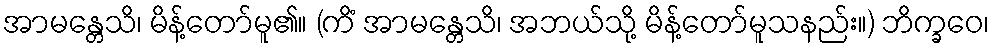
အာမန္တေသိ၊ မိန့်တော်မူ၏။ (ကိံ အာမန္တေသိ၊ အဘယ်သို့ မိန့်တော်မူသနည်း။) ဘိက္ခဝေ၊